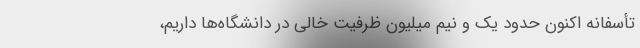
تأسفانه اکنون حدود یک و نیم میلیون ظرفیت خالی در دانشگاه‌ها داریم،